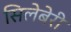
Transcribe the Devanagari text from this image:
सिलेबेरी